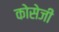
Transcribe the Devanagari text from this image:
कोसेजी